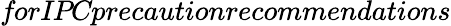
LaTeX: \textit{forIPCprecautionrecommendations}